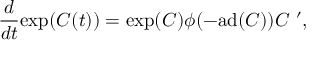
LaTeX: { \frac { d } { d t } } \mathrm { e x p } ( C ( t ) ) = \mathrm { e x p } ( C ) \phi ( - \mathrm { a d } ( C ) ) C ~ ^ { \prime } ,